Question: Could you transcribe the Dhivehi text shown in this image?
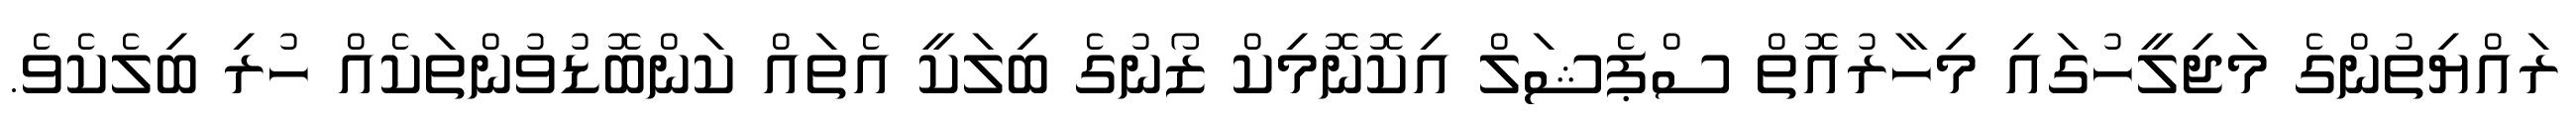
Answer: ރައްޔިތުންގެ މަޖިލީހުގައި މިހާރުއޮތް ސްޕެޝަލް އިކޮނޮމިކް ޒޯނުގެ ބިލަކީ އެތައް ކަންބޮޑުވުންތަކެއް ހުރި ބިލެކެވެ.